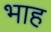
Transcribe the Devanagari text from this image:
भाह